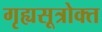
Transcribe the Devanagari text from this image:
गृह्यसूत्रोक्त